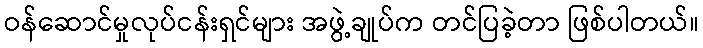
ဝန်ဆောင်မှုလုပ်ငန်းရှင်များ အဖွဲ့ချုပ်က တင်ပြခဲ့တာ ဖြစ်ပါတယ်။